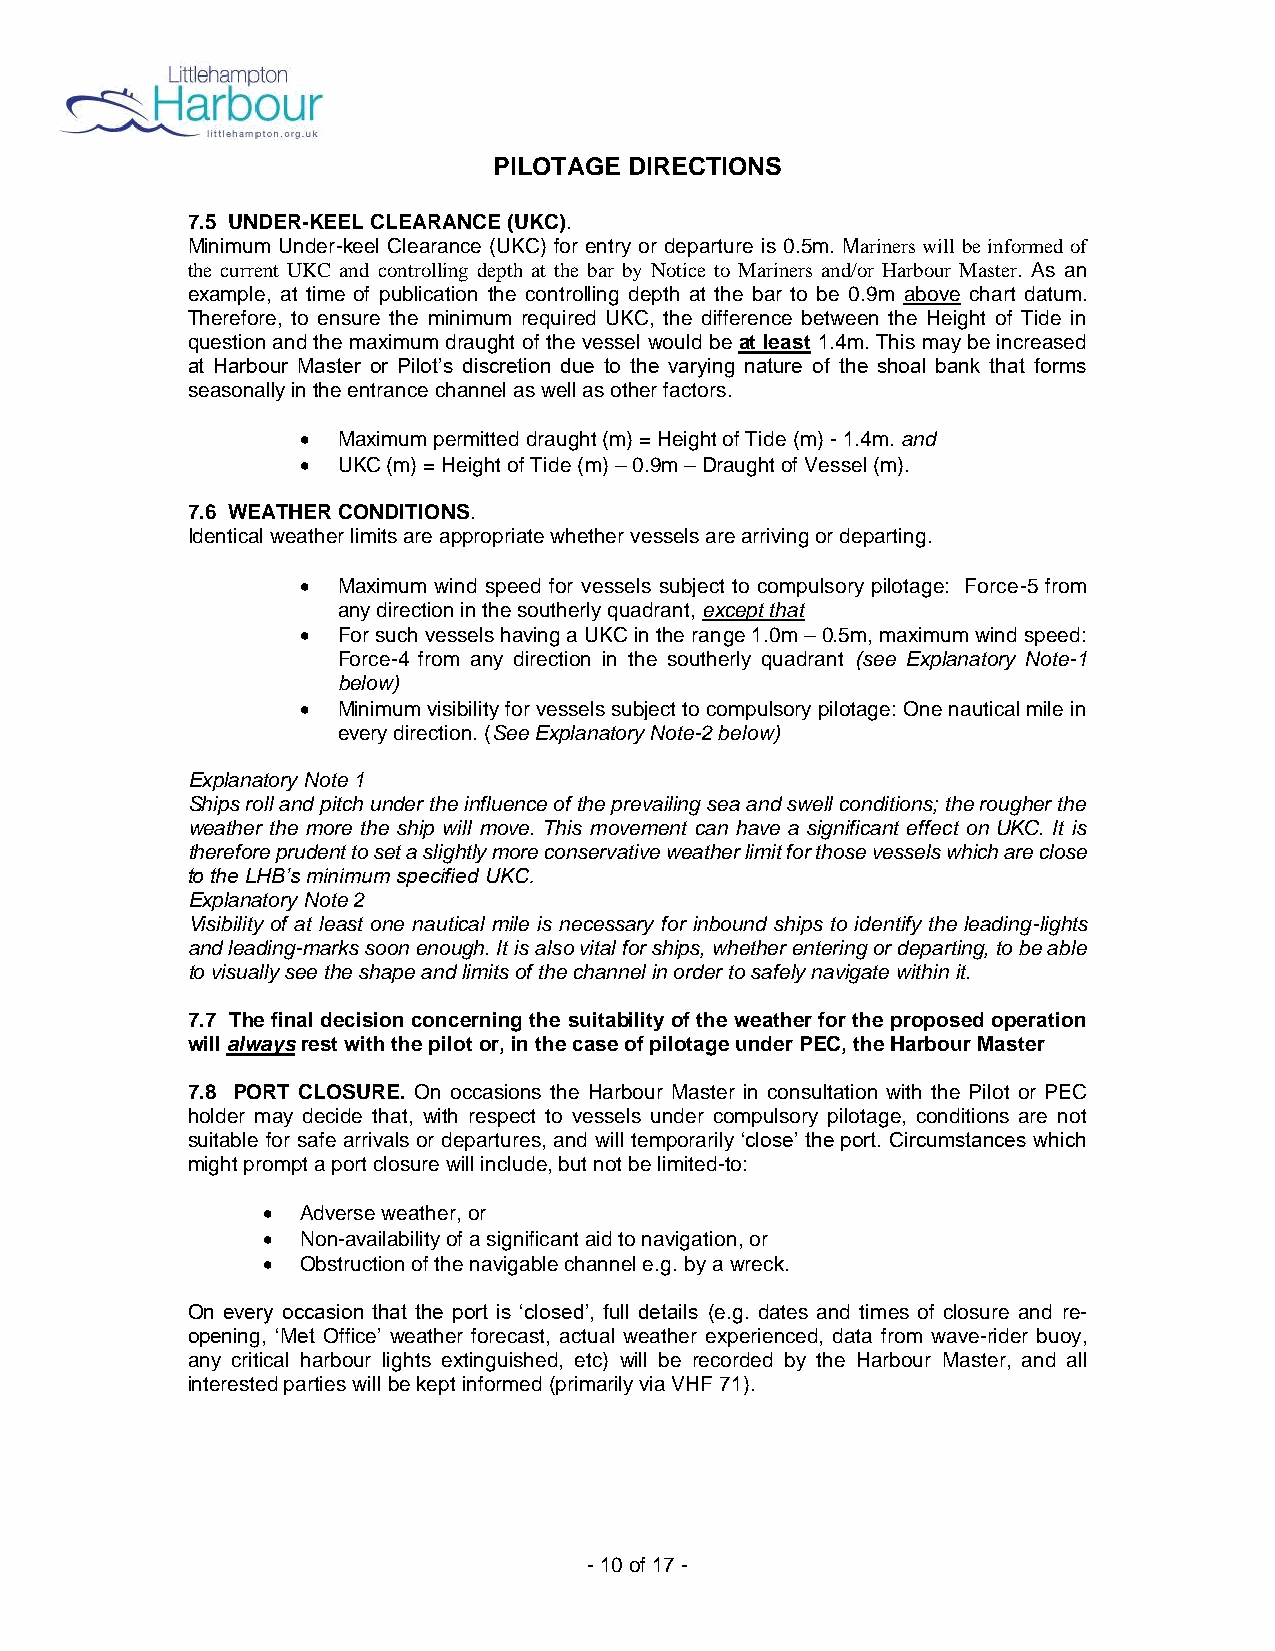
PILOTAGE DIRECTIONS
 7.5 UNDER-KEEL CLEARANCE (UKC).
 Minimum Under-keel Clearance (UKC) for entry or departure is 0.5m. Mariners will be informed of
 the current UKC and controlling depth at the bar by Notice to Mariners and/or Harbour Master. As an
 example, at time of publication the controlling depth at the bar to be 0.9m above chart datum.
 Therefore, to ensure the minimum required UKC, the difference between the Height of Tide in
 question and the maximum draught of the vessel would be at least 1.4m. This may be increased
 at Harbour Master or Pilot’s discretion due to the varying nature of the shoal bank that forms
 seasonally in the entrance channel as well as other factors.
 • Maximum permitted draught (m) = Height of Tide (m) - 1.4m. and
 • UKC (m) = Height of Tide (m) – 0.9m – Draught of Vessel (m).
 7.6 WEATHER CONDITIONS.
 Identical weather limits are appropriate whether vessels are arriving or departing.
 • Maximum wind speed for vessels subject to compulsory pilotage: Force-5 from
 any direction in the southerly quadrant, except that
 • For such vessels having a UKC in the range 1.0m – 0.5m, maximum wind speed:
 Force-4 from any direction in the southerly quadrant (see Explanatory Note-1
 below)
 • Minimum visibility for vessels subject to compulsory pilotage: One nautical mile in
 every direction. (See Explanatory Note-2 below)
 Explanatory Note 1
 Ships roll and pitch under the influence of the prevailing sea and swell conditions; the rougher the
 weather the more the ship will move. This movement can have a significant effect on UKC. It is
 therefore prudent to set a slightly more conservative weather limit for those vessels which are close
 to the LHB’s minimum specified UKC.
 Explanatory Note 2
 Visibility of at least one nautical mile is necessary for inbound ships to identify the leading-lights
 and leading-marks soon enough. It is also vital for ships, whether entering or departing, to be able
 to visually see the shape and limits of the channel in order to safely navigate within it.
 7.7 The final decision concerning the suitability of the weather for the proposed operation
 will always rest with the pilot or, in the case of pilotage under PEC, the Harbour Master
 7.8 PORT CLOSURE. On occasions the Harbour Master in consultation with the Pilot or PEC
 holder may decide that, with respect to vessels under compulsory pilotage, conditions are not
 suitable for safe arrivals or departures, and will temporarily ‘close’ the port. Circumstances which
 might prompt a port closure will include, but not be limited-to:
 •  Adverse weather, or
 •  Non-availability of a significant aid to navigation, or
 •  Obstruction of the navigable channel e.g. by a wreck.
 On every occasion that the port is ‘closed’, full details (e.g. dates and times of closure and re-
 opening, ‘Met Office’ weather forecast, actual weather experienced, data from wave-rider buoy,
 any critical harbour lights extinguished, etc) will be recorded by the Harbour Master, and all
 interested parties will be kept informed (primarily via VHF 71).
 - 10 of 17 -